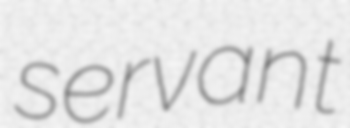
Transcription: servant